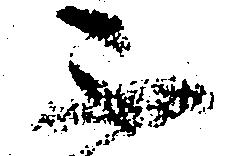
不